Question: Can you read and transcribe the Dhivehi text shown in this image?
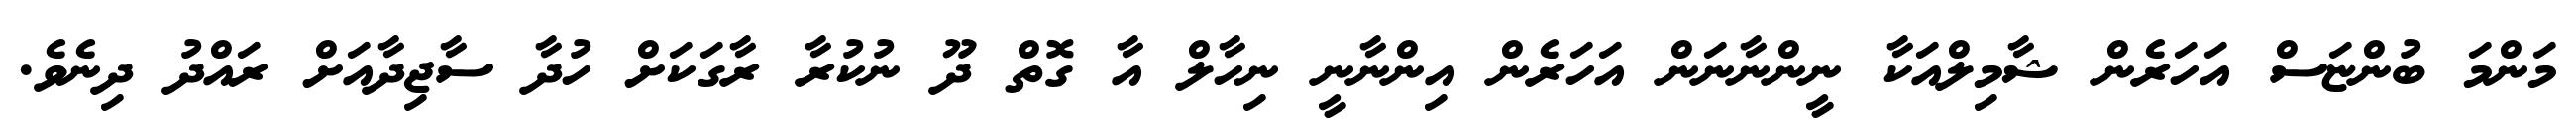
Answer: މަންމަ ބުންޏަސް އަހަރެން ޝާމިލްއަކާ ނީންނާނަން އަހަރެން އިންނާނީ ނިހާލް އާ ގޮތް ދޫ ނުކުރާ ރާގަކަށް ހުދާ ސާޖިދާއަށް ރައްދު ދިނެވެ.